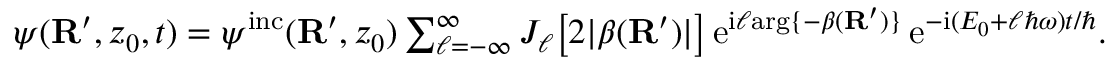
\begin{array} { r } { \psi ( { \bf R } ^ { \prime } , z _ { 0 } , t ) = \psi ^ { \mathrm { i n c } } ( { \bf R } ^ { \prime } , z _ { 0 } ) \sum _ { \ell = - \infty } ^ { \infty } J _ { \ell } \big [ 2 | \beta ( { \bf R } ^ { \prime } ) | \big ] \, \mathrm { e } ^ { \mathrm { i } \ell \mathrm { a r g } \{ - \beta ( { \bf R } ^ { \prime } ) \} } \, \mathrm { e } ^ { - \mathrm { i } ( E _ { 0 } + \ell \hbar \omega ) t / \hbar } . } \end{array}